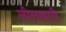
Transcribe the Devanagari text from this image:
लीलाबारी